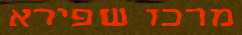
מרכז שפירא